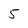
Character: 5